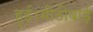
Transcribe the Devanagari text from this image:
हुई।मीठीबाई